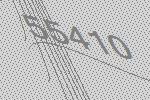
55410